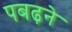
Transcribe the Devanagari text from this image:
पबढ़ने